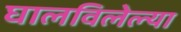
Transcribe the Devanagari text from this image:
घालविलेल्या